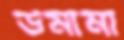
উমামা